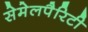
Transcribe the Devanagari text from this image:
सेमेलपैरिटी